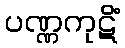
ပဏ္ဏကုဋိံ